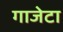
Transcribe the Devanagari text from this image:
गाजेटा